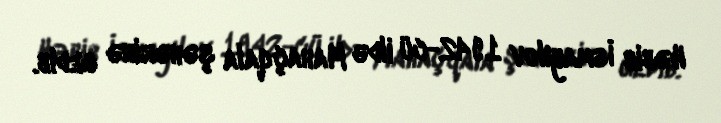
Həbib İsmayılov 1942-cü ildə Mahaçqala şəhərinə gedib.